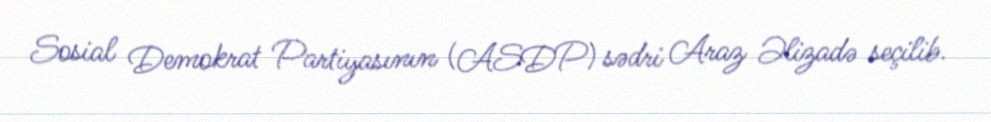
Sosial Demokrat Partiyasının (ASDP) sədri Araz Əlizadə seçilib.